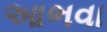
આભવા